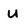
Character: U